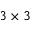
3 \times 3